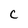
Character: c